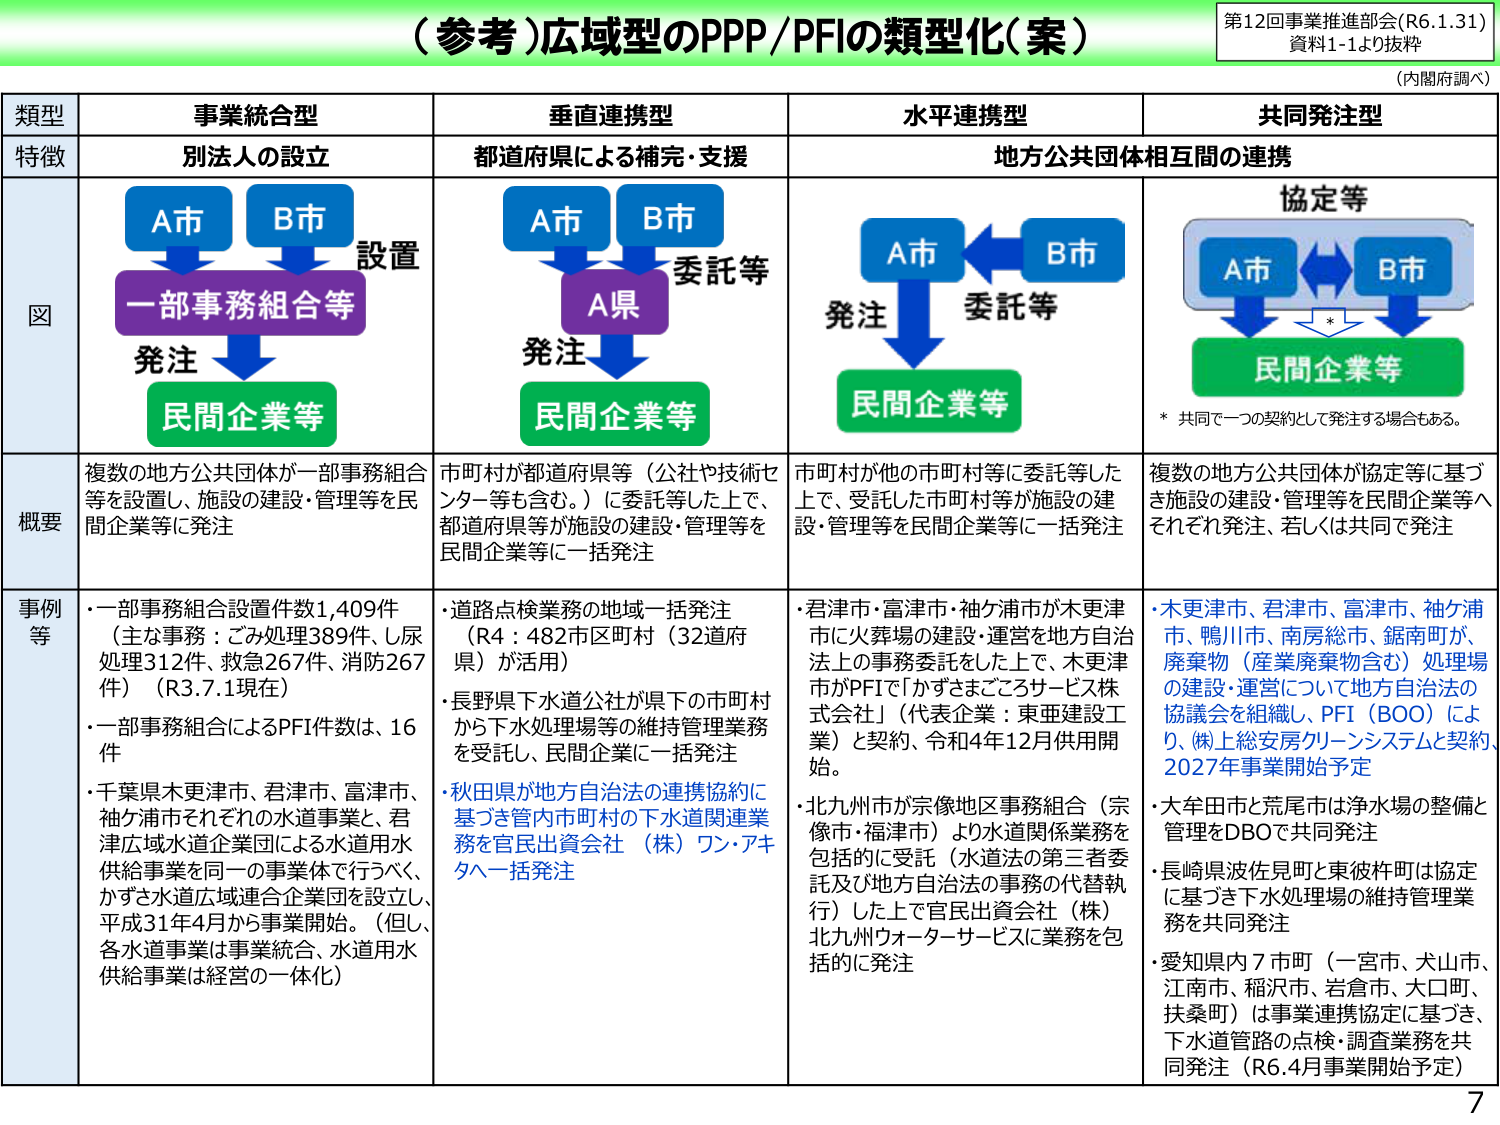
（参考）広域型のPPP/PFIの類型化（案）

第12回事業推進部会（R6.1.31）
資料1-1より抜粋
（内閣府調べ）

| 類型 | 事業統合型 | 垂直連携型 | 水平連携型 | 共同発注型 |
|------|-------------|-------------|-------------|-------------|
| 特徴 | 別法人の設立 | 都道府県による補完・支援 | 地方公共団体相互間の連携 | |
| 図 | A市<br>B市<br>→<br>一部事務組合等<br>→<br>発注<br>→<br>民間企業等<br>（設置） | A市<br>B市<br>→<br>A県<br>→<br>発注<br>→<br>民間企業等<br>（委託等） | A市<br>B市<br>←→<br>発注<br>→<br>民間企業等<br>（委託等） | A市<br>B市<br>←→<br>協定等<br>→<br>民間企業等<br>（* 共同で一つの契約として発注する場合もある。） |
| 概要 | 複数の地方公共団体が一部事務組合等を設置し、施設の建設・管理等を民間企業等に発注 | 市町村が都道府県等（公社や技術センター等も含む。）に委託等した上で、都道府県等が施設の建設・管理等を民間企業等に一括発注 | 市町村が他の市町村等に委託等した上で、受託した市町村等が施設の建設・管理等を民間企業等に一括発注 | 複数の地方公共団体が協定等に基づき施設の建設・管理等を民間企業等へそれぞれ発注、若しくは共同で発注 |
| 事例等 | ・一部事務組合設置件数1,409件<br>（主な事務：ごみ処理389件、し尿処理312件、救急267件、消防267件）（R3.7.1現在）<br>・一部事務組合によるPFI件数は、16件<br>・千葉県木更津市、君津市、富津市、袖ケ浦市それぞれの水道事業と、君津広域水道企業団による水道用水供給事業を同一の事業体で行うべく、かずさ水道広域連合企業団を設立し、平成31年4月から事業開始。（但し、各水道事業は事業統合、水道用水供給事業は経営の一体化） | ・道路点検業務の地域一括発注<br>（R4：482市区町村（32道府県）が活用）<br>・長野県下水道公社が県下の市町村から下水処理場等の維持管理業務を受託し、民間企業に一括発注<br>・秋田県が地方自治法の連携協約に基づき管内市町村の下水道関連業務を官民出資会社（株）ワン・アキタへ一括発注 | ・君津市・富津市・袖ケ浦市が木更津市に火葬場の建設・運営を地方自治法上の事務委託をした上で、木更津市がPFIで「かずさまごろサービス株式会社」（代表企業：東亜建設工業）と契約、令和4年12月供用開始。<br>・北九州市が宗像地区事務組合（宗像市・福津市）より水道関係業務を包括的に受託（水道法の第三者委託及び地方自治法の事務の代替執行）した上で官民出資会社（株）北九州ウォーターサービスに業務を包括的に発注 | ・木更津市、君津市、富津市、袖ケ浦市、鴨川市、南房総市、鋸南町が、廃棄物（産業廃棄物含む）処理場の建設・運営について地方自治法の協議会を組織し、PFI（BOO）により、（株）上総安房クリーンシステムと契約、2027年事業開始予定<br>・大牟田市と荒尾市は浄水場の整備と管理をDBOで共同発注<br>・長崎県波佐見町と東彼杵町は協定に基づき下水処理場の維持管理業務を共同発注<br>・愛知県内7市町（一宮市、犬山市、江南市、稲沢市、岩倉市、大口町、扶桑町）は事業連携協定に基づき、下水道管路の点検・調査業務を共同発注（R6.4月事業開始予定） |

7